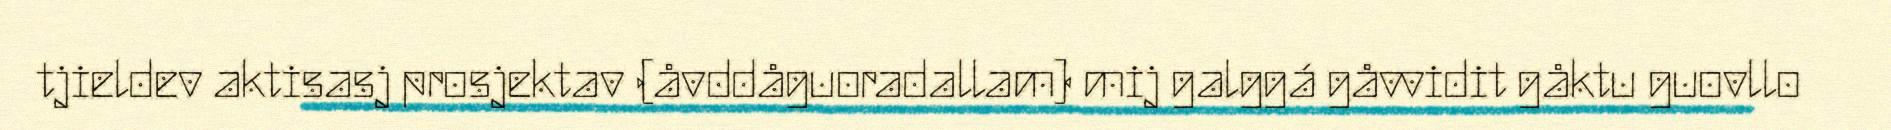
tjieldev aktisasj prosjektav (åvddåguoradallam) mij galggá gåvvidit gåktu guovllo